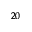
^ { 2 0 }